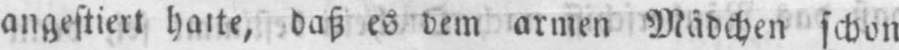
daß es dem armen Mädchen schon